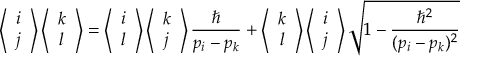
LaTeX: \left\langle \begin{array} { c c } { { i } } \\ { { j } } \end{array} \right\rangle \left\langle \begin{array} { c c } { { k } } \\ { { l } } \end{array} \right\rangle = \left\langle \begin{array} { c c } { { i } } \\ { { l } } \end{array} \right\rangle \left\langle \begin{array} { c c } { { k } } \\ { { j } } \end{array} \right\rangle \frac { \hbar } { p _ { i } - p _ { k } } + \left\langle \begin{array} { c c } { { k } } \\ { { l } } \end{array} \right\rangle \left\langle \begin{array} { c c } { { i } } \\ { { j } } \end{array} \right\rangle \sqrt { 1 - \frac { \hbar ^ { 2 } } { ( p _ { i } - p _ { k } ) ^ { 2 } } }